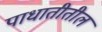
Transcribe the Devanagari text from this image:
पाधातीतील